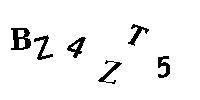
BZ4ZT5